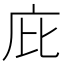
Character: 庇